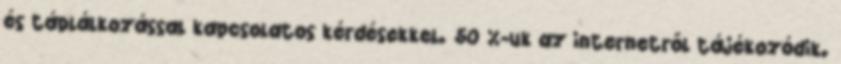
és táplálkozással kapcsolatos kérdésekkel. 50 %-uk az internetről tájékozódik.